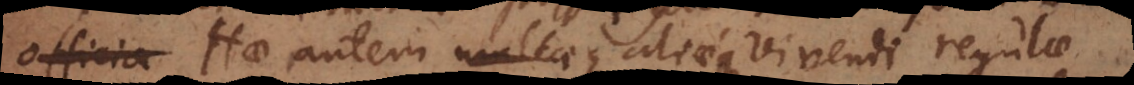
officia Hae autem multaeque aliaeque vivendi regulae